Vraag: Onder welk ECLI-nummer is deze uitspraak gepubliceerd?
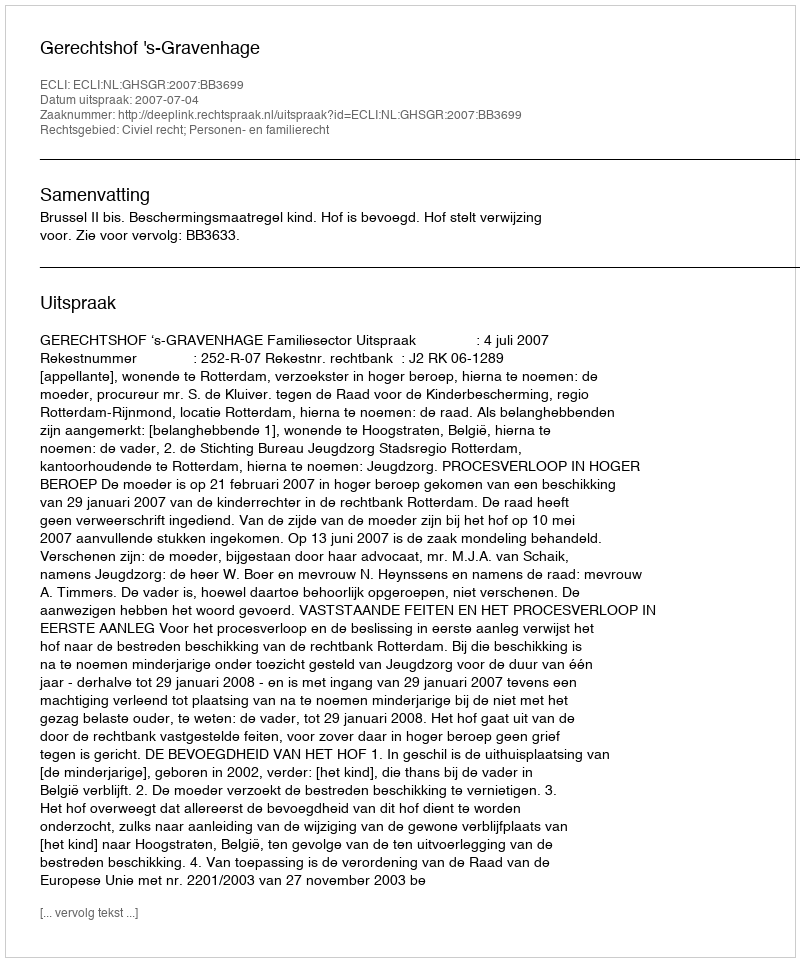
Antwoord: ECLI:NL:GHSGR:2007:BB3699